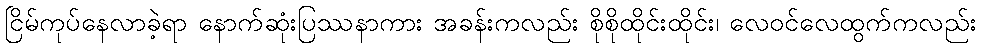
ငြိမ်ကုပ်နေလာခဲ့ရာ နောက်ဆုံးပြဿနာကား အခန်းကလည်း စိုစိုထိုင်းထိုင်း၊ လေဝင်လေထွက်ကလည်း